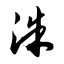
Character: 洙